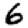
Digit: 6